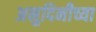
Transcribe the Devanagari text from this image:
अनुदिनीच्या